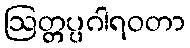
ဩတ္တပ္ပဂါရဝတာ